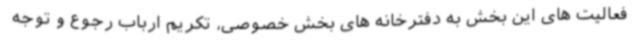
فعالیت های این بخش به دفترخانه های بخش خصوصی، تکریم ارباب رجوع و توجه